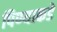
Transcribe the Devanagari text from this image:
पिण्याकडे